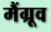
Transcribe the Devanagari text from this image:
मैंग्रूव